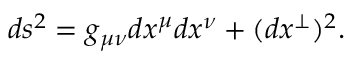
d s ^ { 2 } = g _ { \mu \nu } d x ^ { \mu } d x ^ { \nu } + ( d x ^ { \perp } ) ^ { 2 } .